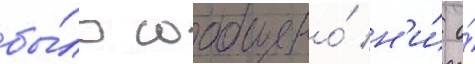
бы́ло сообщено́ н'и́ о́